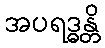
အပရဒ္ဓန္တိ